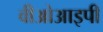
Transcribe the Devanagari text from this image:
वीओआइपी